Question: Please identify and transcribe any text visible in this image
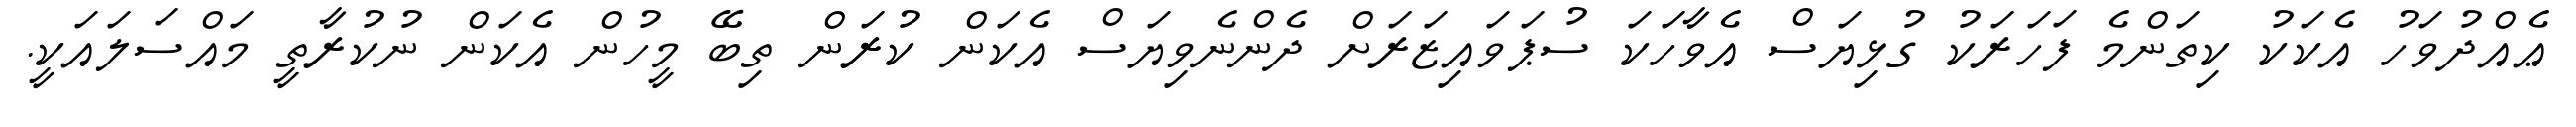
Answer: ޢެއްދުވަހު އެކަކު ކިތަންމެ ފަހަރަކު ގުޅިޔަސް އެވާހަކަ ސުޕަވައިޒަރަށް ދެންނެވިޔަސް އެކަން ކުރަން ތިބޭ މީހުން އެކަން ނުކުރާތީ މައްސަލައަކީ.